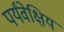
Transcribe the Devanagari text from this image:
पर्यंवेक्षिय